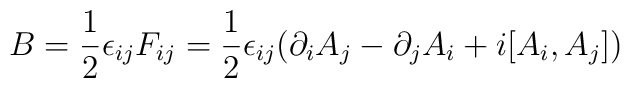
B = {1\over 2} \epsilon_{ij} F_{ij} = {1\over 2}\epsilon_{ij}(\partial_{i}A_{j}  -\partial_{j}A_{i} + i[A_{i},A_{j}])